Indian journal of veterinary science and animal husbandry - Volumes 15-17, 1948-1951
Year: 1948
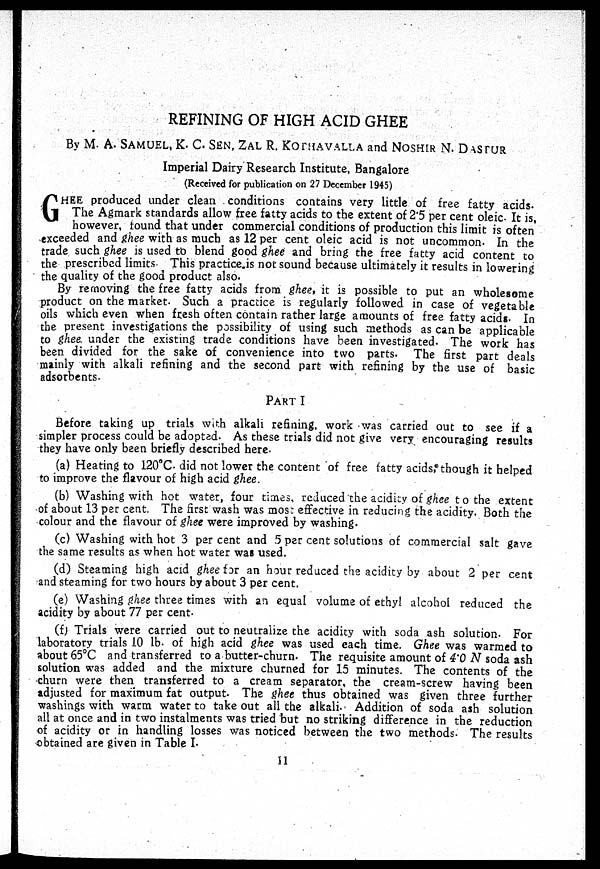
REFINING OF HIGH ACID GHEE
By M. A. SAMUEL, K. C. SEN, ZAL R. KOTHAWALLA and NOSHIR N. DASTUR
Imperial Dairy Research Institute, Bangalore
(Received for publication on 27 December 1945)
G HEE produced under clean conditions contains very little of free fatty acids.
The Agmark standards allow free fatty acids to the extent of 2.5 per cent oleic. It is,
however, found that under commercial conditions of production this limit is often
exceeded and ghee with as much as 12 per cent oleic acid is not uncommon. In the
trade such ghee is used to blend good ghee and bring the free fatty acid content to
the prescribed limits. This practice is not sound because ultimately it results in lowering
the quality of the good product also.
By removing the free fatty acids from ghee, it is possible to put an wholesome
product on the market. Such a practice is regularly followed in case of vegetable
oils which even when fresh often contain rather large amounts of free fatty acids. In
the present investigations the possibility of using such methods as can be applicable
to ghee, under the existing trade conditions have been investigated. The work has
been divided for the sake of convenience into two parts. The first part deals
mainly with alkali refining and the second part with refining by the use of basic
adsorbents.
PART I
Before taking up trials with alkali refining, work was carried out to see if a
simpler process could be adopted. As these trials did not give very encouraging results
they have only been briefly described here.
(a) Heating to 120°C. did not lower the content of free fatty acids, though it helped
to improve the flavour of high acid ghee.
(b) Washing with hot water, four times, reduced the acidity of ghee t o the extent
of about 13 per cent. The first wash was most effective in reducing the acidity. Both the
colour and the flavour of ghee were improved by washing.
(c) Washing with hot 3 per cent and 5 per cent solutions of commercial salt gave
the same results as when hot water was used.
(d) Steaming high acid ghee for an hour reduced the acidity by about 2 per cent
and steaming for two hours by about 3 per cent.
(e) Washing ghee three times with an equal volume of ethyl alcohol reduced the
acidity by about 77 per cent.
(f) Trials were carried out to neutralize the acidity with soda ash solution. For
laboratory trials 10 lb. of high acid ghee was used each time. Ghee was warmed to
about 65°C and transferred to a butter-churn. The requisite amount of 4.0 N soda ash
solution was added and the mixture churned for 15 minutes. The contents of the
churn were then transferred to a cream separator, the cream-screw having been
adjusted for maximum fat output. The ghee thus obtained was given three further
washings with warm water to take out all the alkali. Addition of soda ash solution
all at once and in two instalments was tried but no striking difference in the reduction
of acidity or in handling losses was noticed between the two methods. The results
obtained are given in Table I.
11